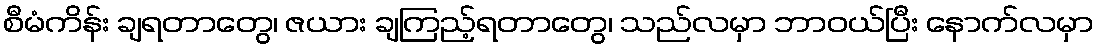
စီမံကိန်း ချရတာတွေ၊ ဇယား ချကြည့်ရတာတွေ၊ သည်လမှာ ဘာဝယ်ပြီး နောက်လမှာ